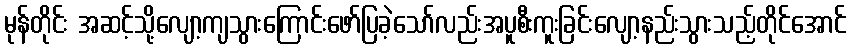
မုန်တိုင်း အဆင့်သို့လျော့ကျသွားကြောင်းဖော်ပြခဲ့သော်လည်းအပူစီးကူးခြင်းလျော့နည်းသွားသည့်တိုင်အောင်